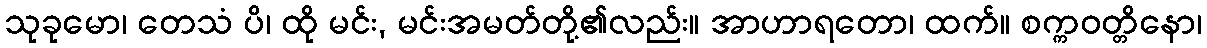
သုခုမော၊ တေသံ ပိ၊ ထို မင်း, မင်းအမတ်တို့၏လည်း။ အာဟာရတော၊ ထက်။ စက္ကဝတ္တိနော၊